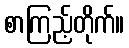
စာကြည့်တိုက်။